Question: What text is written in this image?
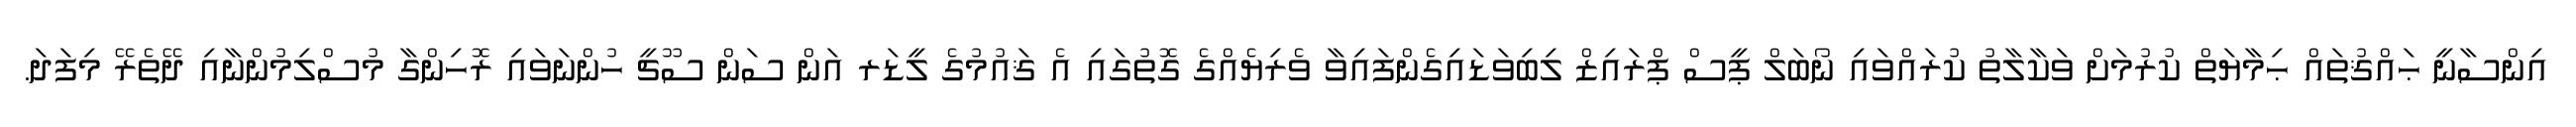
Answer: އިންސާނީ ޙައްޤުތައް ޙިމާޔަތް ކުރުމަށް ވަކާލާތު ކުރައްވައި ނޯބަލް ޕީސް ޕްރައިޒް ލިބިވަޑައިގެންފައިވާ ވެރިޔެއްގެ ގޮތުގައި އެ ޤައުމުގެ ލީޑަރ އަން ސަން ސޫޗީ ހުންނަވައި ރޮހިންގާ މުސްލިމުންނާއި ދޭތެރޭ މިފަދަ.